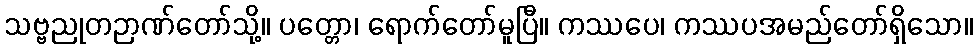
သဗ္ဗညုတဉာဏ်တော်သို့။ ပတ္တော၊ ရောက်တော်မူပြီ။ ကဿပေ၊ ကဿပအမည်တော်ရှိသော။